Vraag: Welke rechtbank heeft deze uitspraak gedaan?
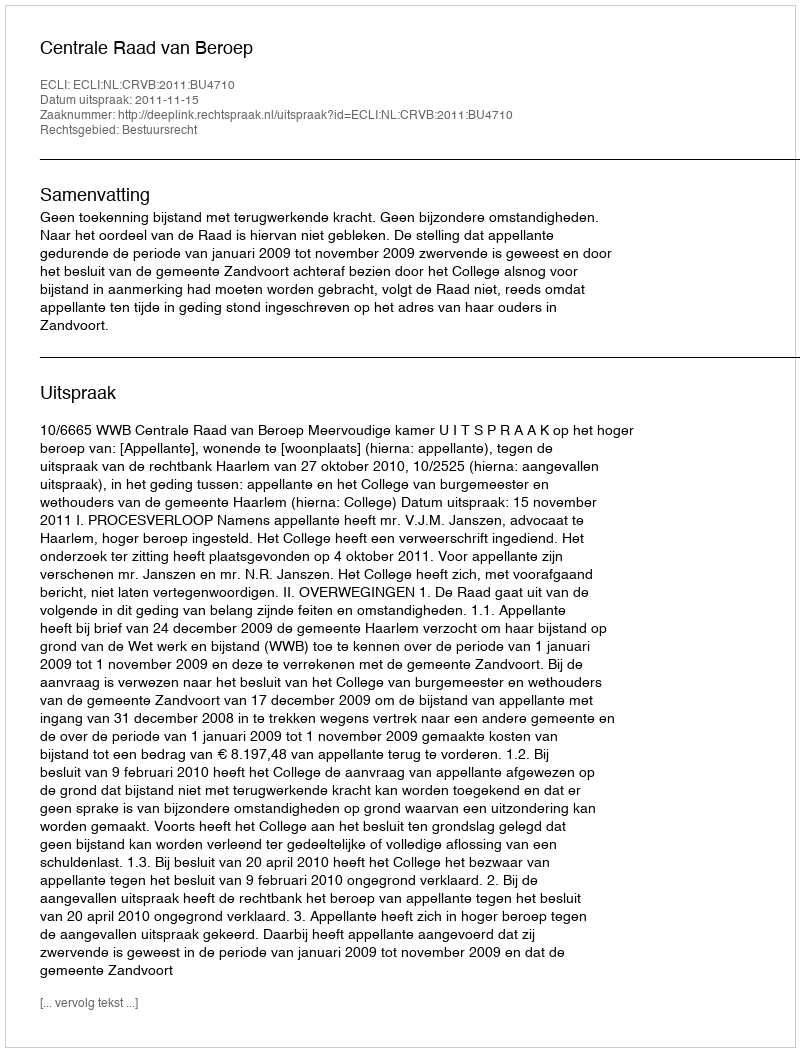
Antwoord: Centrale Raad van Beroep